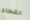
الشطرنج